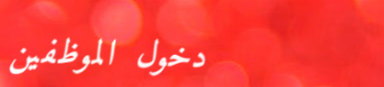
دخول الموظفين